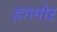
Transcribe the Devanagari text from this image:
इगमोर